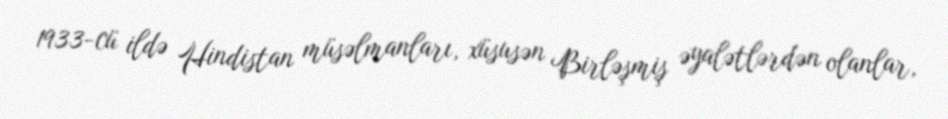
1933-cü ildə Hindistan müsəlmanları, xüsusən Birləşmiş əyalətlərdən olanlar,